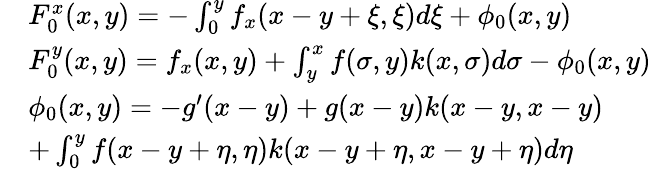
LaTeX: \begin{array}{rl}&{F_{0}^{x}(x,y)=-\int_{0}^{y}f_{x}(x-y+\xi,\xi)d\xi+\phi_{0}(x,y)}\\ &{F_{0}^{y}(x,y)=f_{x}(x,y)+\int_{y}^{x}f(\sigma,y)k(x,\sigma)d\sigma-\phi_{0}(x,y)}\\ &{\phi_{0}(x,y)=-g^{\prime}(x-y)+g(x-y)k(x-y,x-y)}\\ &{+\int_{0}^{y}f(x-y+\eta,\eta)k(x-y+\eta,x-y+\eta)d\eta}\end{array}